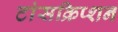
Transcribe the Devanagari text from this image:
टांसक्रिप्शन